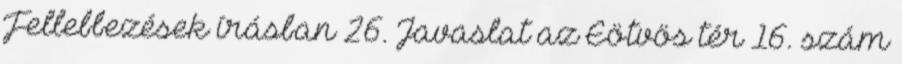
Fellebbezések írásban 26. Javaslat az Eötvös tér 16. szám